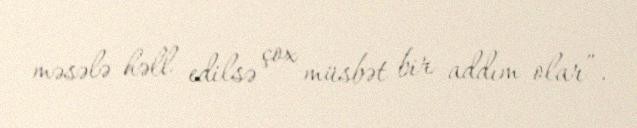
məsələ həll edilsə çox müsbət bir addım olar”.